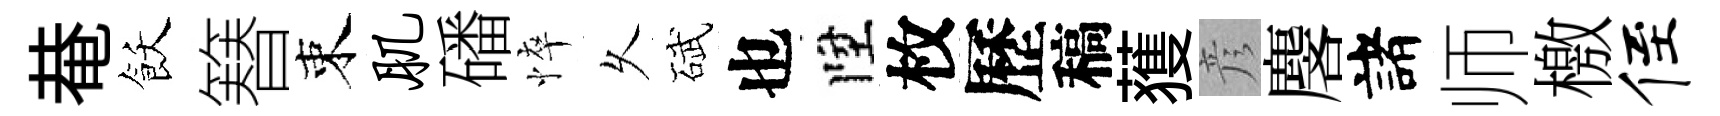
𤲅飫簮束肌磻悴乆碔也陞枚歷稿𫉬彦麐諸师檄侄